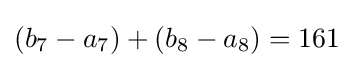
(b_{7}-a_{7})+(b_{8}-a_{8})=161